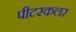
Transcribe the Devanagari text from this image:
पीटरकलर